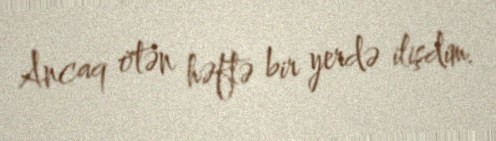
Ancaq ötən həftə bir yerdə ilişdim.